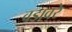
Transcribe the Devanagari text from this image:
वडावरे